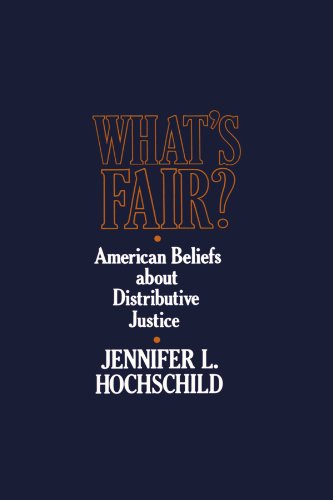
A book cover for What's Fair: American Beliefs about Distributive Justice; Jennifer L. Hochschild; Business & Money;